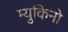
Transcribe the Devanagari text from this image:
म्युकिनो